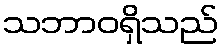
သဘာဝရှိသည်